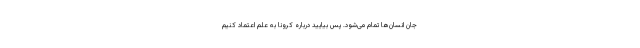
جان انسان‌ها تمام می‌شود. پس بیایید درباره کرونا به علم اعتماد کنیم